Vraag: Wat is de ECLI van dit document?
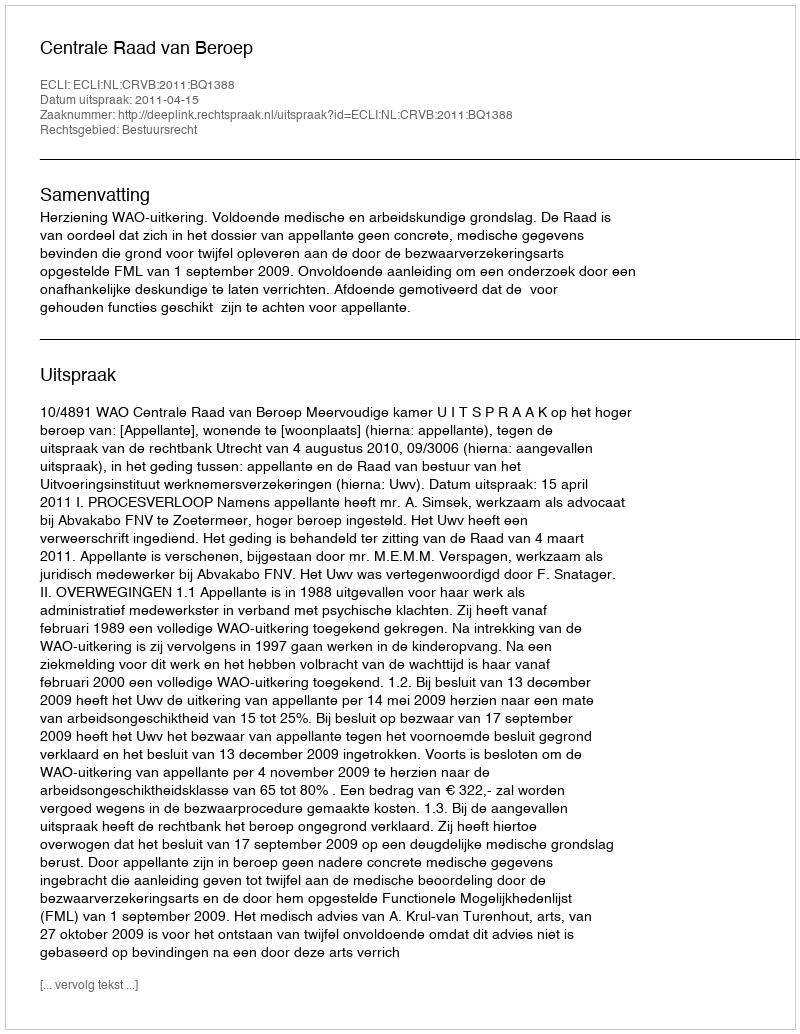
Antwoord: ECLI:NL:CRVB:2011:BQ1388